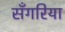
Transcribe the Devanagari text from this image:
सँगरिया